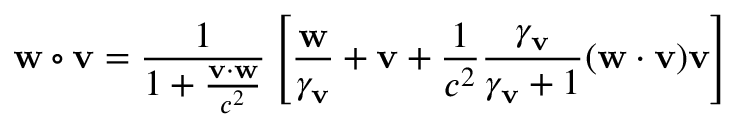
\mathbf { w } \circ \mathbf { v } = { \frac { 1 } { 1 + { \frac { \mathbf { v } \cdot \mathbf { w } } { c ^ { 2 } } } } } \left[ { \frac { \mathbf { w } } { \gamma _ { \mathbf { v } } } } + \mathbf { v } + { \frac { 1 } { c ^ { 2 } } } { \frac { \gamma _ { \mathbf { v } } } { \gamma _ { \mathbf { v } } + 1 } } ( \mathbf { w } \cdot \mathbf { v } ) \mathbf { v } \right]